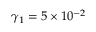
\gamma _ { 1 } = 5 \times 1 0 ^ { - 2 }